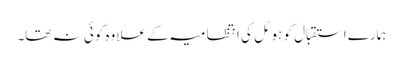
ہمارے استقبال کو ہوٹل کی انتظامیہ کے علاوہ کوئی نہ تھا۔